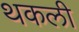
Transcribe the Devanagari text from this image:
थकली